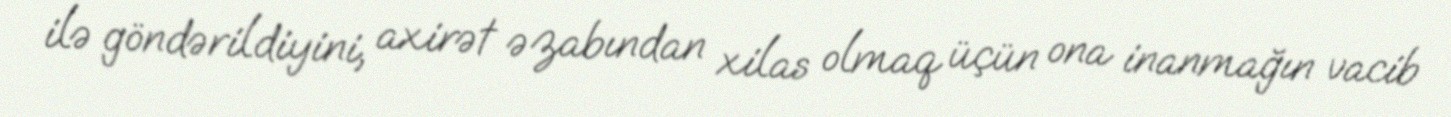
ilə göndərildiyini, axirət əzabından xilas olmaq üçün ona inanmağın vacib